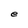
Character: e